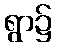
ရွာ၌